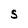
Character: S